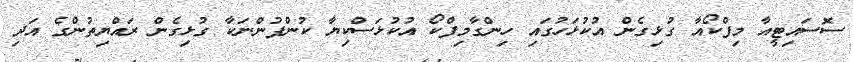
ސޮސައިޓީއާ މިފްކޯއާ ގުޅިގެން އުކުޅަހުގައި ހިންގާމިފްކޯ އުކުޅަސްކިޔާ ކުންފުންނަކާ ގުޅިގެން ރައްޔިތުންގެ އަދި